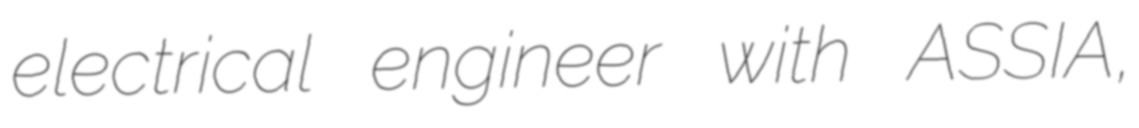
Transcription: electrical engineer with ASSIA,